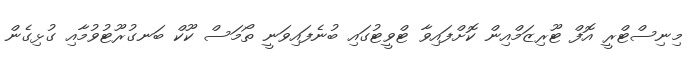
މިނިސްޓްްރީ އޮފް ޓޫރިޒަމްއިން ކޮށްފައިވާ ޓްވީޓުގައި ބުނެފައިވަނީ ތޯމަސް ކޫކް ބަނގުރޫޓުވުމާއި ގުޅިގެން